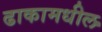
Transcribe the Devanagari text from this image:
ढाकामधील